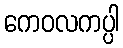
ကေဝလကပ္ပါ